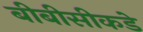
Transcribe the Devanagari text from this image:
बीबीसीकडे